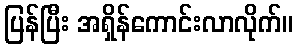
ပြန်ပြီး အရှိန်ကောင်းလာလိုက်။